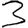
Digit: 3